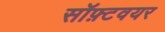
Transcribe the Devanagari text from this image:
सॉफ़्टवयर